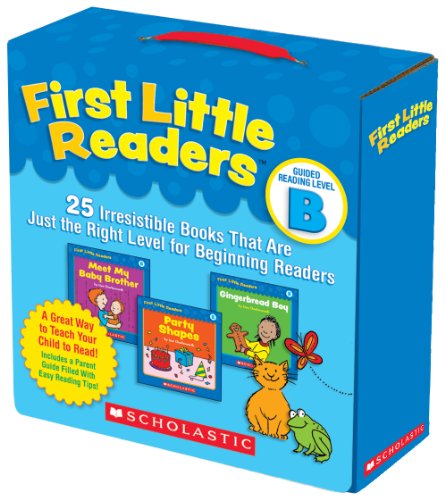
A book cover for First Little Readers Parent Pack: Guided Reading Level B: 25 Irresistible Books That Are Just the Right Level for Beginning Readers; Liza Charlesworth; Education & Teaching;